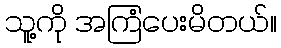
သူ့ကို အကြံပေးမိတယ်။